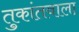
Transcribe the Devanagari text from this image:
तुकांतवाला